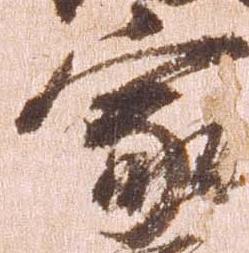
家